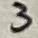
Text: 3